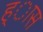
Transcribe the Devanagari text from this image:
ह्ास